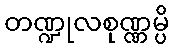
တဏ္ဍုလစုဏ္ဏမ္ပိ